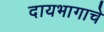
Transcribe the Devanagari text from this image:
दायभागाचे